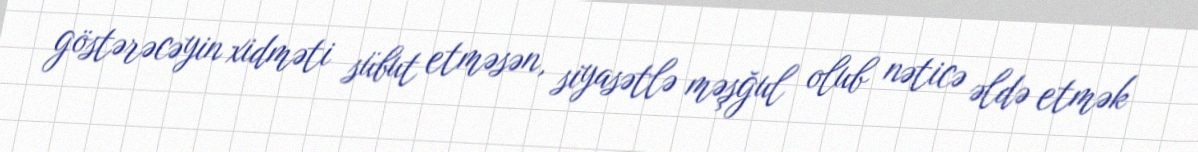
göstərəcəyin xidməti sübut etməsən, siyasətlə məşğul olub nəticə əldə etmək